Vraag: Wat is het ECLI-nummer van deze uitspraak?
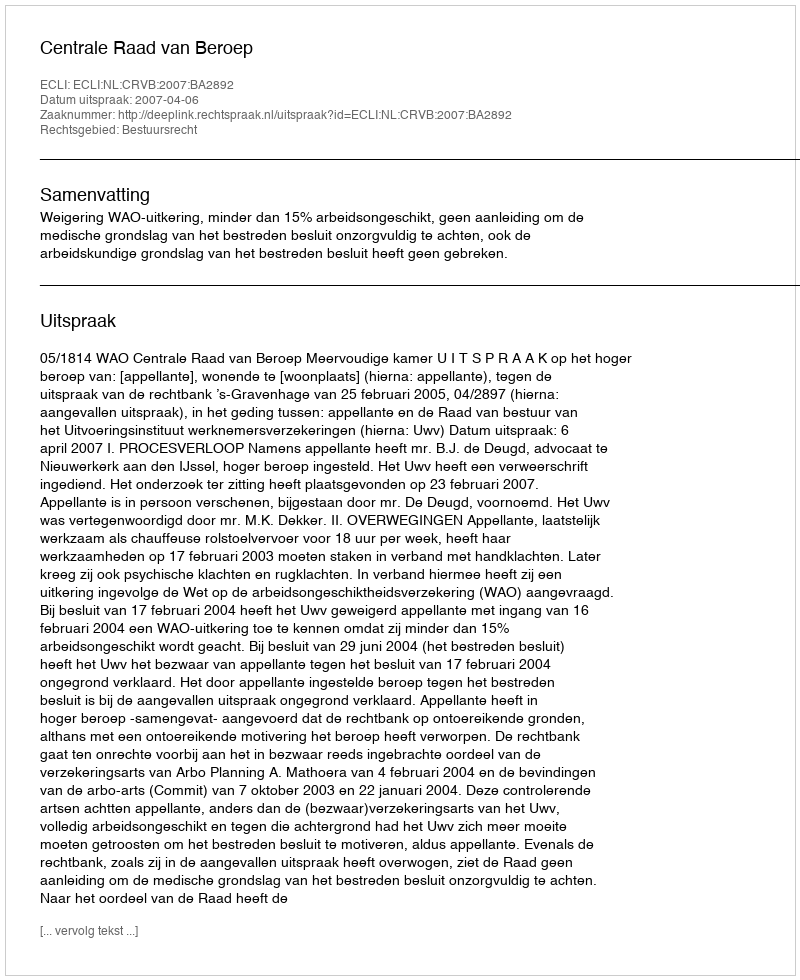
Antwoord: ECLI:NL:CRVB:2007:BA2892